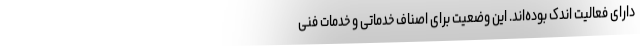
دارای فعالیت اندک بوده‌اند. این وضعیت برای اصناف خدماتی و خدمات فنی